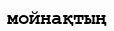
мойнақтың